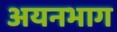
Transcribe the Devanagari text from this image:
अयनभाग